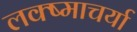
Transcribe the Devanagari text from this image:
लक्ष्माचर्या